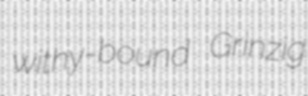
withy-bound Grinzig